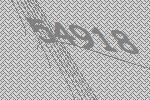
54918